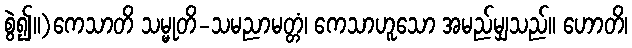
စွဲ၍။)ကေသာတိ သမ္မုတိ-သမညာမတ္တံ၊ ကေသာဟူသော အမည်မျှသည်။ ဟောတိ၊